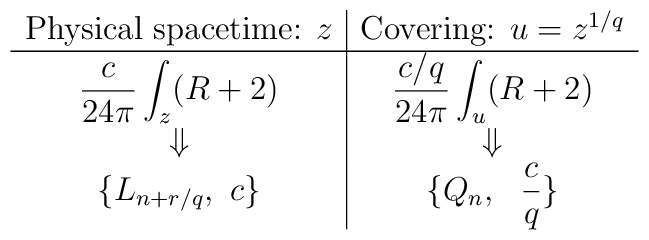
\begin{array}{c|c}   \mbox{Physical spacetime: } z  &  \mbox{Covering: } u=z^{1/q}     \\ \hline {\displaystyle {c \over 24\pi} \int_z (R+2) } & {\displaystyle  {c/q                              \over 24\pi }  \int_u (R+2) } \\         \Downarrow      &     \Downarrow  \\ \{L_{n+r/q},\ c \}& \{ Q_n,\ \  {\displaystyle {c  \over q}\}}              \end{array}